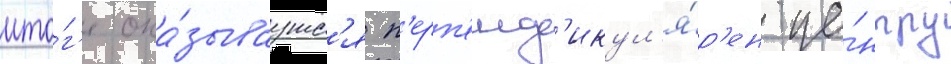
ито́г'е ока́зываутс'я п'ерп'енд'икул'я́р'ен це́нтру